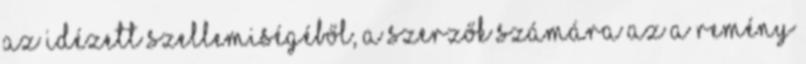
Az idézett szellemiségéből, a szerzők számára az a remény